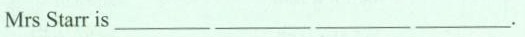
Mrs Starr is___ ___ ___ ___.